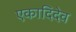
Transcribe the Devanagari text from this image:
एकादिदेव